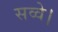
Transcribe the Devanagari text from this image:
सव्वे।